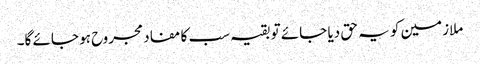
ملازمین کو یہ حق دیا جائے تو بقیہ سب کا مفاد مجروح ہو جائے گا۔